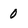
Character: 0